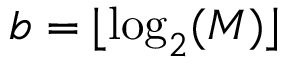
b = \lfloor \log _ { 2 } ( M ) \rfloor